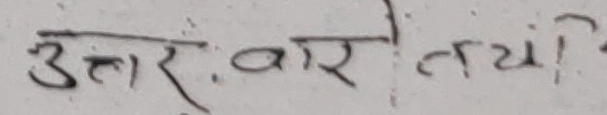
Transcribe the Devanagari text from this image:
उत्तर. वार। तयां